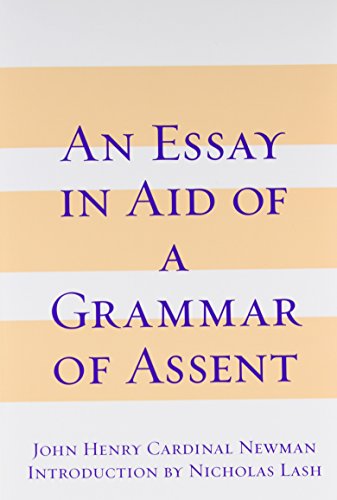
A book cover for An Essay in Aid of a Grammar of Assent; John Henry Newman; Religion & Spirituality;